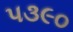
પ૩૯૦